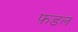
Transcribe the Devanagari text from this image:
फ़डल